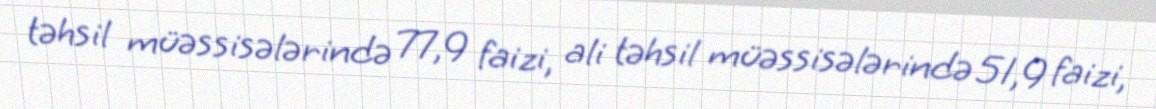
təhsil müəssisələrində 77,9 faizi, ali təhsil müəssisələrində 51,9 faizi,